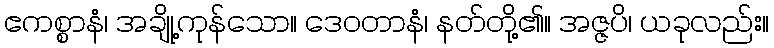
ဧကစ္စာနံ၊ အချို့ကုန်သော။ ဒေဝတာနံ၊ နတ်တို့၏။ အဇ္ဇပိ၊ ယခုလည်း။